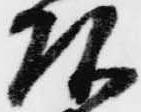
頭